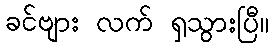
ခင်ဗျား လက် ရှသွားပြီ။